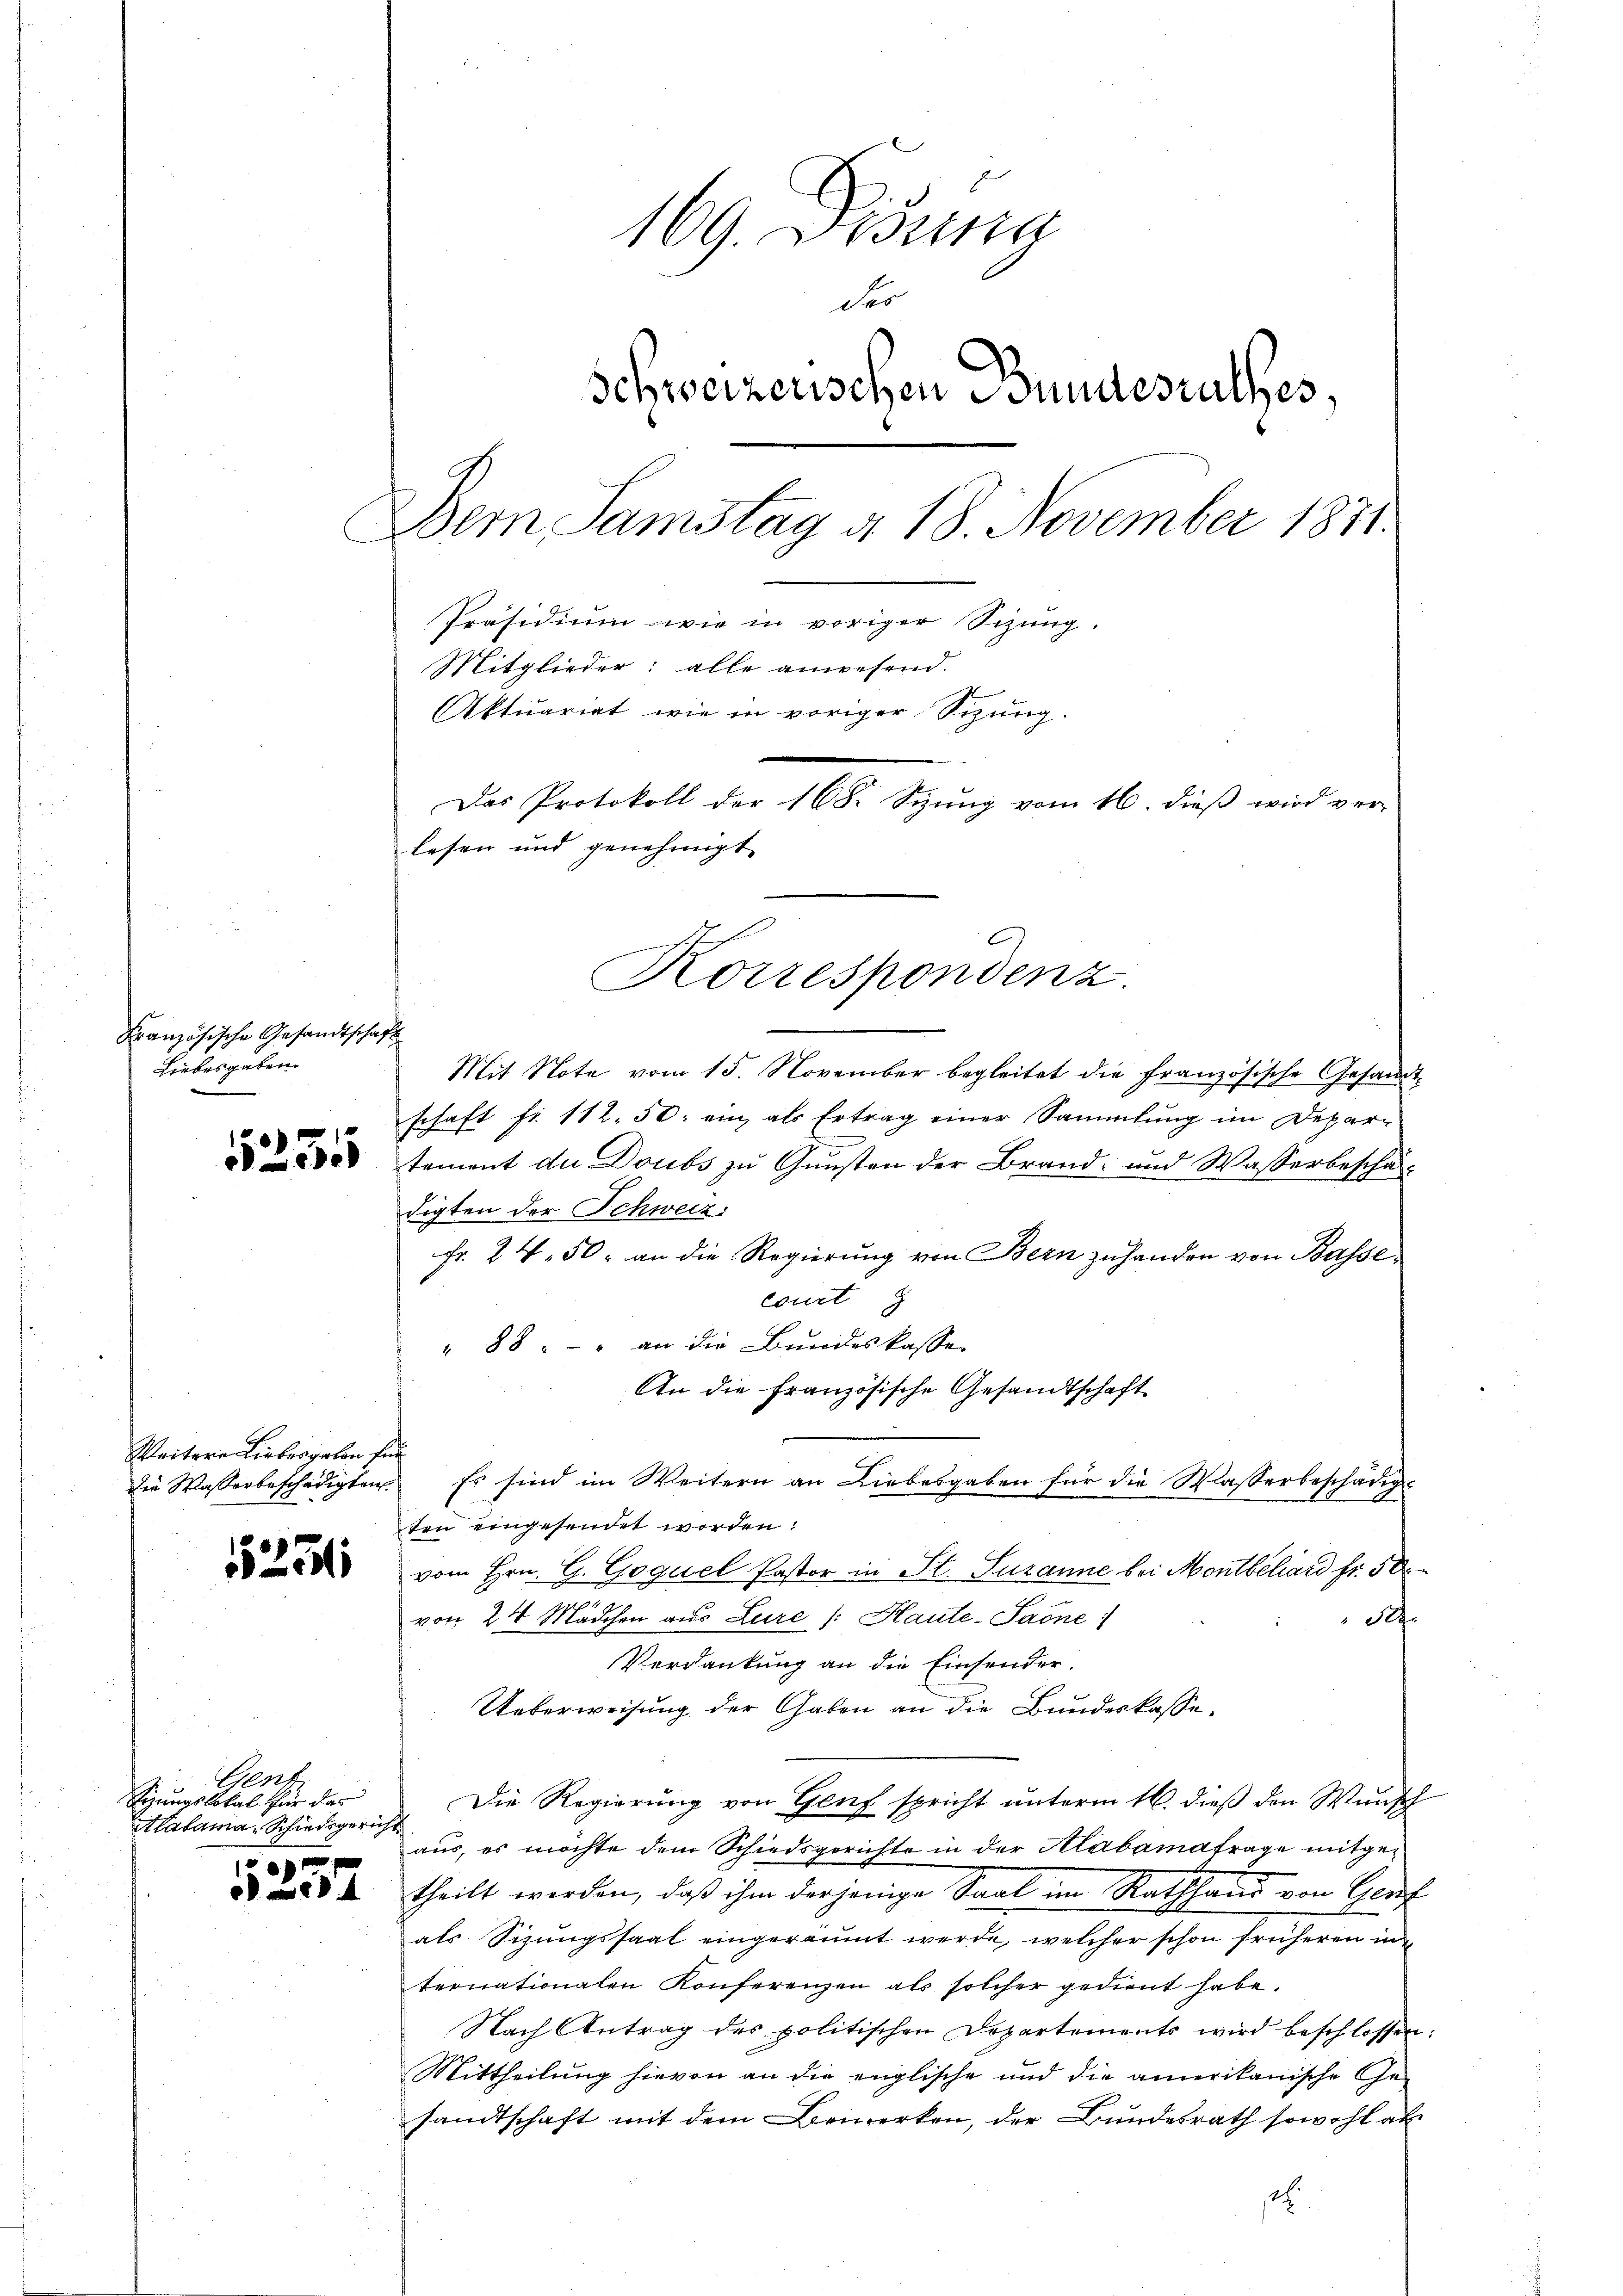
Französische Gesandtschaft
Liebesgaben.

52355

15251

Gent
Sizungslokal für das
Alatama, Schiedsgericht

1257

169. Disena
der
Schweizerischen Bundesrathes,
Dem Samstag à 18. November 1871.
Präsidiŭm wie in voriger Sitzung.
Mitglieder: alle anwesend.
Aktuariat wie in voriger Sitzung.
Das Protokoll der 168. vom 16. dieß wird verlesen und genehmigt. |

Weitere Liebergaben für

Mit Note vom 15. November begleitet die französische Gesandtschaft fr. 112.50: ein als Ertrag einer Sammlung im Depar-
n
tement du Doubs zu Gunsten der Brand- und Wasserbeschädigten der Schweiz.
Fr. 24. 50. an die Regierung von Bern zuhanden von Bassecourt
" 88 - - - an die Bundeskasse
An die französische Gesandtschaft
Die Wasserbeschädigten. Es sind im Weitern an Liebesgaben für die Wasserbeschädigu
ten eingesendet worden:
vom Hrn. G. Goquel Pastor in St. Tuzanne bei Montbeliard fr. 50
von 24 Mädchen aus Lure /: Haute-Saone:
S
Verdankung an die Einsender.
Ueberweisung der Gaben an die Bundeskasse.
Die Regierung von Genf spricht unterm 16. dieß den Wunsch
aus, es möchte dem Schiedsgerichte in der Alabamafrage mitgetheilt werden, daß ihm derjenige Saal im Rathhand von Genf
als Sizungssaal eingeräumt werde, welcher schon früheren in
ternationalen Konferenzen als solcher gedient habe.
Nach Antrag des politischen Departements wird beschlossen:
Mittheilung hievon an die englische und die amerikanische Ge-
sandtschaft mit dem Bemerken, der Bundesrath sowohl ab
.

Korrespondenz.